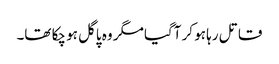
قاتل رہا ہو کر آگیا مگر وہ پاگل ہو چکا تھا۔